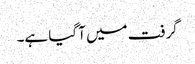
گرفت میں آ گیا ہے۔